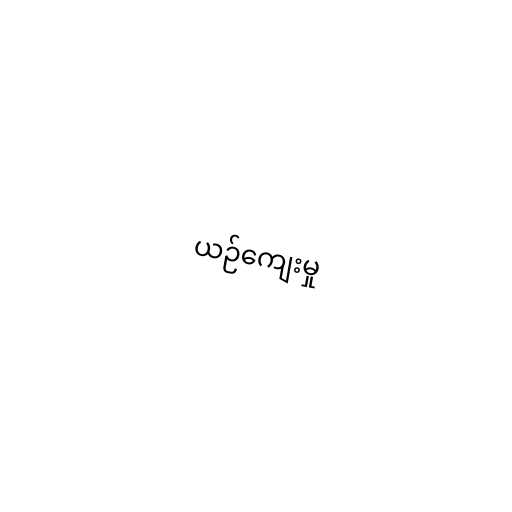
ယဉ်ကျေးမှု